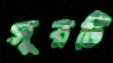
সুরটি